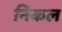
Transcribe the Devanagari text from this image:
निकल